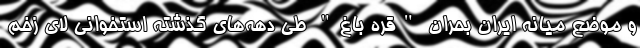
و موضع میانه ایران بحران "قره باغ" طی دهه‌های گذشته استخوانی لای زخم